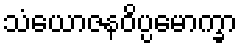
သံယောဇနဝိပ္ပမောက္ခာ